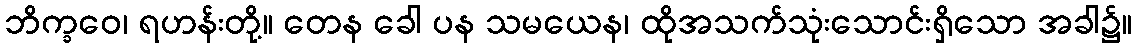
ဘိက္ခဝေ၊ ရဟန်းတို့။ တေန ခေါ ပန သမယေန၊ ထိုအသက်သုံးသောင်းရှိသော အခါ၌။